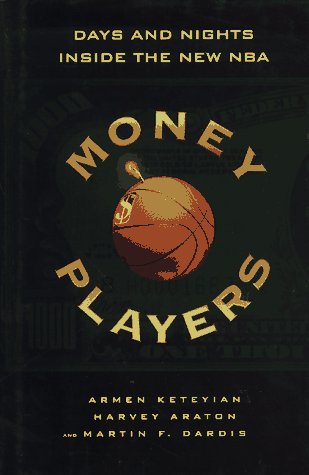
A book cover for Money Players; Armen Keteyian; Sports & Outdoors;